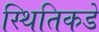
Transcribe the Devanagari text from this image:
स्थितिकडे